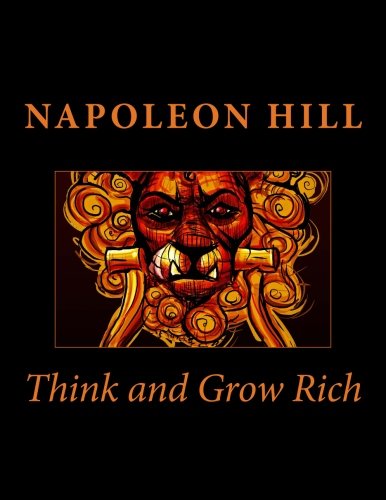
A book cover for Think and Grow Rich; Napoleon Hill; Business & Money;